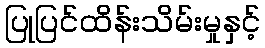
ပြုပြင်ထိန်းသိမ်းမှုနှင့်